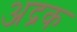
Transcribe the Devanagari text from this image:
अद्रक